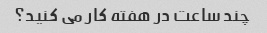
چند ساعت در هفته کار می کنید؟